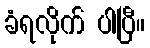
ခံရလိုက် ပါပြီ။